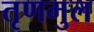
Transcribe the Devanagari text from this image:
तृणमुल